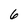
Character: 6